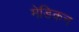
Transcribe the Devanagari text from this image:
मेडिकन